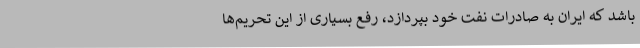
باشد که ایران به صادرات نفت خود بپردازد، رفع بسیاری از این تحریم‌ها